Report on plague in the Punjab from October 1st ... to September 30th ..., being the ... season of plague in the province
Disease focus: Plague
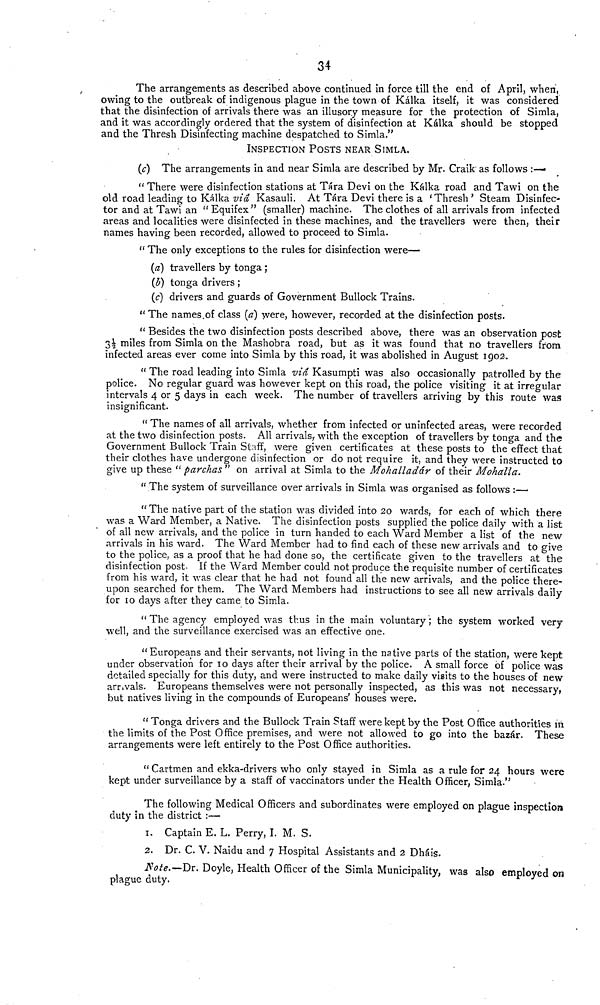
34
The arrangements as described above continued in force till the end of April, when,
owing to the outbreak of indigenous plague in the town of Kálka itself, it was considered
that the disinfection of arrivals there was an illusory measure for the protection of Simla,
and it was accordingly ordered that the system of disinfection at Kálka should be stopped
and the Thresh Disinfecting machine despatched to Simla."
INSPECTION POSTS NEAR SIMLA.
(c) The arrangements in and near Simla are described by Mr. Craik as follows :—
" There were disinfection stations at Tara Devi on the Kálka road and Tawi on the
old road leading to Kálka viâ Kasauli. At Tara Devi there is a 'Thresh' Steam Disinfec-
tor and at Tawi an " Equifex" (smaller) machine. The clothes of all arrivals from infected
areas and localities were disinfected in these machines, and the travellers were then, their
names having been recorded, allowed to proceed to Simla.
" The only exceptions to the rules for disinfection were—
(a) travellers by tonga ;
(b) tonga drivers ;
(c) drivers and guards of Government Bullock Trains.
" The names of class (a) were, however, recorded at the disinfection posts.
" Besides the two disinfection posts described above, there was an observation post
3½ miles from Simla on the Mashobra road, but as it was found that no travellers from
infected areas ever come into Simla by this road, it was abolished in August 1902.
" The road leading into Simla via Kasumpti was also occasionally patrolled by the
police. No regular guard was however kept on this road, the police visiting it at irregular
intervals 4 or 5 days in each week. The number of travellers arriving by this route was
insignificant.
" The names of all arrivals, whether from infected or uninfected areas, were recorded
at the two disinfection posts. All arrivals, with the exception of travellers by tonga and the
Government Bullock Train Staff, were given certificates at these posts to the effect that
their clothes have undergone disinfection or do not require it, and they were instructed to
give up these " parchas " on arrival at Simla to the Mohalladár of their Mohalla.
" The system of surveillance over arrivals in Simla was organised as follows :—
" The native part of the station was divided into 20 wards, for each of which there
was a Ward Member, a Native. The disinfection posts supplied the police daily with a list
of all new arrivals, and the police in turn handed to each Ward Member a list of the new
arrivals in his ward. The Ward Member had to find each of these new arrivals and to give
to the police, as a proof that he had done so, the certificate given to the travellers at the
disinfection post. If the Ward Member could not produce the requisite number of certificates
from his ward, it was clear that he had not found all the new arrivals, and the police there-
upon searched for them. The Ward Members had instructions to see all new arrivals daily
for 10 days after they came to Simla.
" The agency employed was thus in the main voluntary ; the system worked very
well, and the surveillance exercised was an effective one.
"Europeans and their servants, not living in the native parts of the station, were kept
under observation for 10 days after their arrival by the police. A small force of police was
detailed specially for this duty, and were instructed to make daily visits to the houses of new
arrivals. Europeans themselves were not personally inspected, as this was not necessary,
but natives living in the compounds of Europeans' houses were.
" Tonga drivers and the Bullock Train Staff were kept by the Post Office authorities m
the limits of the Post Office premises, and were not allowed to go into the bazar. These
arrangements were left entirely to the Post Office authorities.
" Cartmen and ekka-drivers who only stayed in Simla as a rule for 24 hours were
kept under surveillance by a staff of vaccinators under the Health Officer, Simla."
The following Medical Officers and subordinates were employed on plague inspection
duty in the district :—
1. Captain E. L. Perry, I. M. S.
2. Dr. C. V. Naidu and 7 Hospital Assistants and 2 Dháis.
Note.—Dr. Doyle, Health Officer of the Simla Municipality, was also employed on
plague duty.